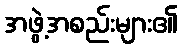
အဖွဲ့အစည်းများ၏